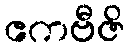
ဧကဗီဇိ